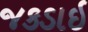
જકડાઇ